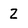
Character: Z